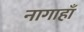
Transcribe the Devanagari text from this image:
नागाहाँ